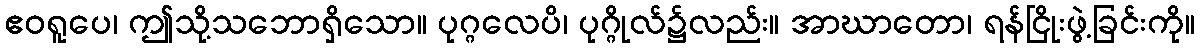
ဧဝရူပေ၊ ဤသို့သဘောရှိသော။ ပုဂ္ဂလေပိ၊ ပုဂ္ဂိုလ်၌လည်း။ အာဃာတော၊ ရန်ငြိုးဖွဲ့ခြင်းကို။